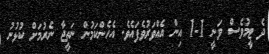
ދެ ޓީމުވެސް ވަނީ 1-1 އިން އެއްވަރުވެފައެވެ. އެހެންކަމުން ނަތީޖާ ނެރުމަށް ކުޅުނު